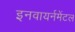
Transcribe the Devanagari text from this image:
इनवायर्नमेंटल